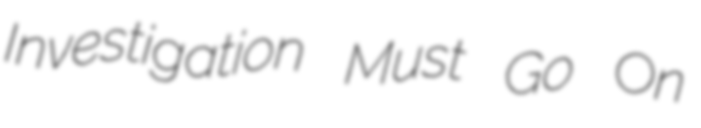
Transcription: Investigation Must Go On